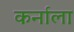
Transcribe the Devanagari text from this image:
कर्नाला